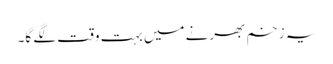
یہ زخم بھرنے میں بہت وقت لگے گا۔